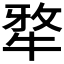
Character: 𭷥